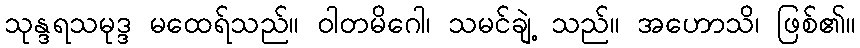
သုန္ဒရသမုဒ္ဒ မထေရ်သည်။ ဝါတမိဂေါ၊ သမင်ချဲ့ သည်။ အဟောသိ၊ ဖြစ်၏။